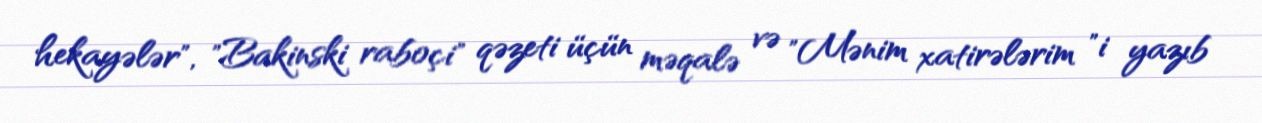
hekayələr", "Bakinski raboçi" qəzeti üçün məqalə və "Mənim xatirələrim "i yazıb